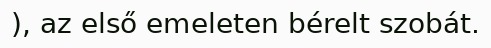
), az első emeleten bérelt szobát.